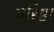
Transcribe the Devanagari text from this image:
अरिष्ठा